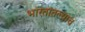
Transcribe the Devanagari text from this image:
भारतातल्याच